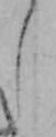
し